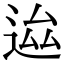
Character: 𨒴